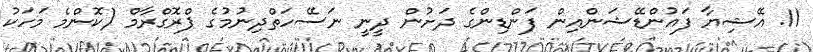
11. އޭޝިޔާ ފައުންޑޭޝަންއިން ފަންޑިންގެ ދަށުން ދީނީ ނަސޭހަތްދިނުމުގެ ޕްރޮގްރާމް (ކޮންމެ މަހަކު